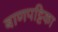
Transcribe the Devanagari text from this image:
बाणपट्टिका